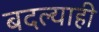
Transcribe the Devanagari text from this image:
बदल्याही